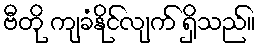
ဗီတို ကျခံနိုင်လျက် ရှိသည်။